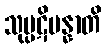
သုပ္ပဋိပန္နာတိ